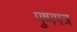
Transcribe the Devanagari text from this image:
पुष्पपत्र